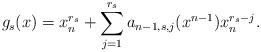
LaTeX: \begin{align*}g_{s} ( x)= x_n^{r_s}+ \sum_{j=1}^{r_s} a_{n-1,s,j} (x^{n-1}) x_n^{r_s-j}.\end{align*}